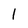
Character: 1